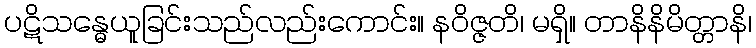
ပဋိသန္ဓေယူခြင်းသည်လည်းကောင်း။ နဝိဇ္ဇတိ၊ မရှိ။ တာနိနိမိတ္တာနိ၊